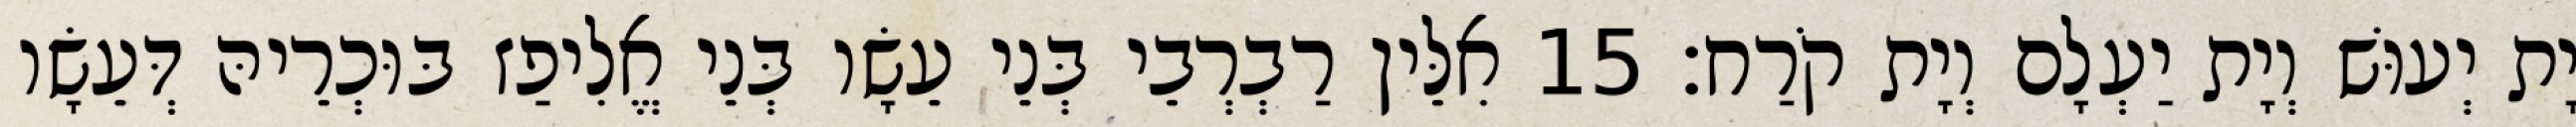
יָת יְעוּשׁ וְיָת יַעְלָם וְיָת קֹרַח׃ 15 אִלֵּין רַבְרְבֵי בְּנֵי עֵשָׂו בְּנֵי אֱלִיפַז בּוּכְרֵיהּ דְּעֵשָׂו